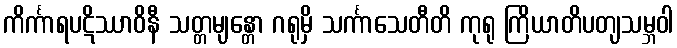
ကိင်္ကာရပဋိဿာဝိနီ သတ္တမျန္တော ဂရုမှိ သင်္ကာသေတီတိ ကုရု ကြိယာတိပတျသမ္ဘဝါ